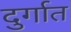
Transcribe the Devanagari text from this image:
दुर्गात